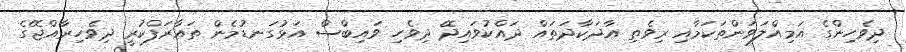
ދިވެހިންގެ އަމިއްލަވަންތަކަމާއި ރިވެތި އާދަކާދަތައް ދައްކުވައިދޭ ދިވެހި ވައިބްސް އަޅުގަނޑުމެން ތައާރަފްކުރީ ދިވެހިރާއްޖޭގެ